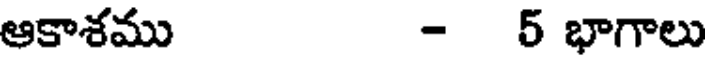
ఆకాశము - 5 భాగాలు